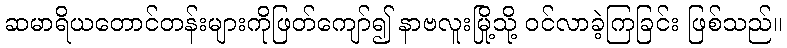
ဆမာရိယတောင်တန်းများကိုဖြတ်ကျော်၍ နာဗလူးမြို့သို့ ဝင်လာခဲ့ကြခြင်း ဖြစ်သည်။